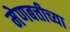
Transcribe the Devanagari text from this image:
मेणबत्तीच्या